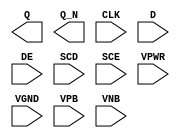
/**
 * Copyright 2020 The SkyWater PDK Authors
 *
 * Licensed under the Apache License, Version 2.0 (the "License");
 * you may not use this file except in compliance with the License.
 * You may obtain a copy of the License at
 *
 *     https://www.apache.org/licenses/LICENSE-2.0
 *
 * Unless required by applicable law or agreed to in writing, software
 * distributed under the License is distributed on an "AS IS" BASIS,
 * WITHOUT WARRANTIES OR CONDITIONS OF ANY KIND, either express or implied.
 * See the License for the specific language governing permissions and
 * limitations under the License.
 *
 * SPDX-License-Identifier: Apache-2.0
 */

`ifndef SKY130_FD_SC_HDLL__SEDFXBP_PP_BLACKBOX_V
`define SKY130_FD_SC_HDLL__SEDFXBP_PP_BLACKBOX_V

/**
 * sedfxbp: Scan delay flop, data enable, non-inverted clock,
 *          complementary outputs.
 *
 * Verilog stub definition (black box with power pins).
 *
 * WARNING: This file is autogenerated, do not modify directly!
 */

`timescale 1ns / 1ps
`default_nettype none

(* blackbox *)
module sky130_fd_sc_hdll__sedfxbp (
    Q   ,
    Q_N ,
    CLK ,
    D   ,
    DE  ,
    SCD ,
    SCE ,
    VPWR,
    VGND,
    VPB ,
    VNB
);

    output Q   ;
    output Q_N ;
    input  CLK ;
    input  D   ;
    input  DE  ;
    input  SCD ;
    input  SCE ;
    input  VPWR;
    input  VGND;
    input  VPB ;
    input  VNB ;
endmodule

`default_nettype wire
`endif  // SKY130_FD_SC_HDLL__SEDFXBP_PP_BLACKBOX_V